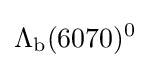
\Lambda _{\rm {b}}(6070)^{0}